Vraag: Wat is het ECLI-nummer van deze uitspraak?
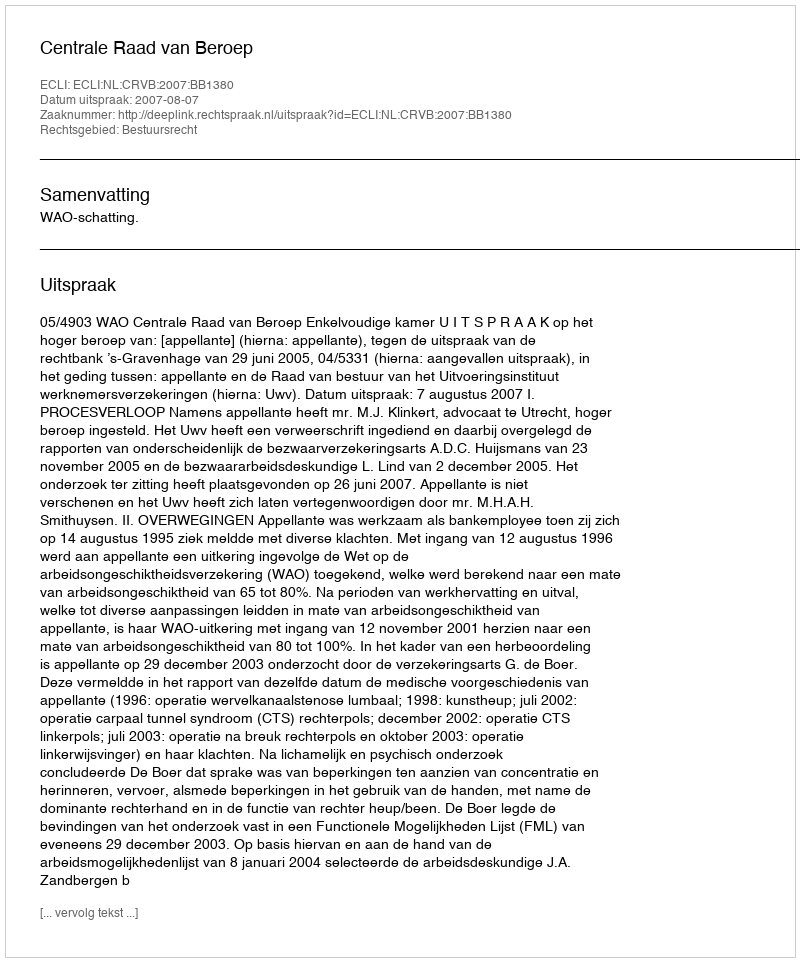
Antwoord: ECLI:NL:CRVB:2007:BB1380